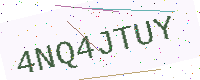
Text: 4NQ4JTUY